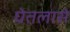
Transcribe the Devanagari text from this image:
घेतलासे